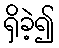
ရှိခဲ့၍